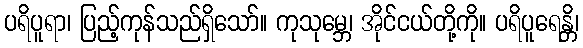
ပရိပူရာ၊ ပြည့်ကုန်သည်ရှိသော်။ ကုသုမ္ဘေ၊ အိုင်ငယ်တို့ကို။ ပရိပူရေန္တိ၊